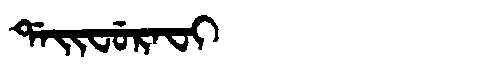
Manchu: ᡩᠠᡳᠸᡠᡵᠠᠸᡳ
Romanization: DAIFURAFI